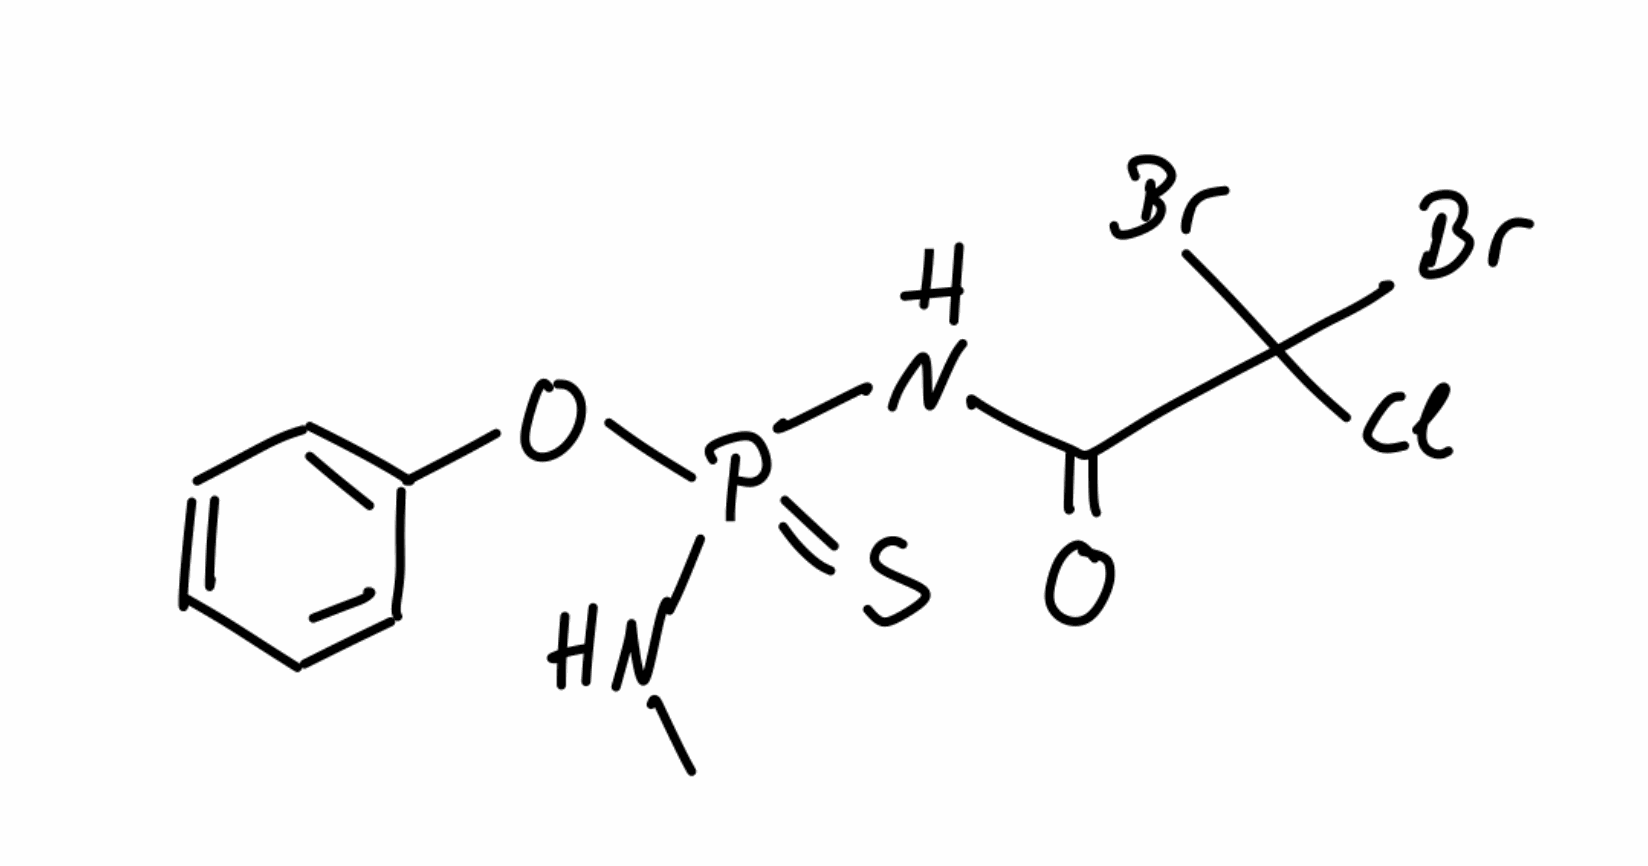
Simplified molecular-input line-entry system (SMILES) notation of the given molecule:
CNP(=S)(NC(=O)C(Cl)(Br)Br)OC1=CC=CC=C1